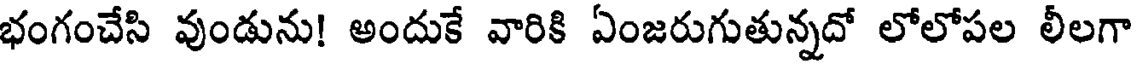
భంగంచేసి వుండును! అందుకే వారికి ఏంజరుగుతున్నదో లోలోపల లీలగా